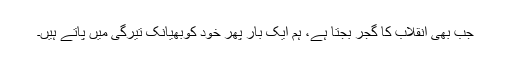
جب بھی انقلاب کا گجر بجتا ہے، ہم ایک بار پھر خود کوبھیانک تیرگی میں پاتے ہیں۔